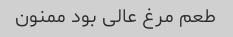
طعم مرغ عالی بود ممنون